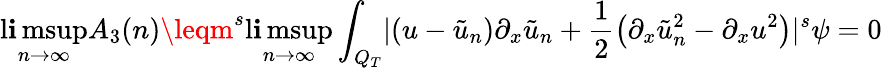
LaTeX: \operatorname*{l\mathbf{i}msup}_{n\rightarrow\infty}A_{3}(n)\leqm^{s}\operatorname*{l\mathbf{i}msup}_{n\rightarrow\infty}\int_{Q_{T}}\lvert\left(u-\tilde{{u}}_{n}\right)\partial_{x}\tilde{{u}}_{n}+\frac{{1}}{{2}}\left(\partial_{x}\tilde{{u}}_{n}^{2}-\partial_{x}u^{2}\right)\rvert^{s}\psi=0